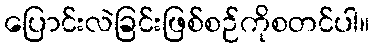
ပြောင်းလဲခြင်းဖြစ်စဉ်ကိုစတင်ပါ။